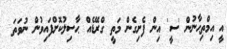
އީ އިމްތިޙާނުން 'ސީ' އިން ފެށިގެން މަތީ ގްރޭޑެއް ޙާސިލުކޮށްފައިވުން ނުވަތަ